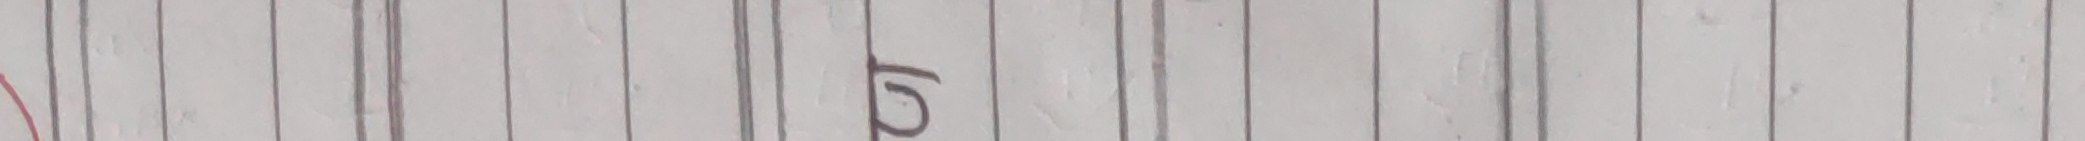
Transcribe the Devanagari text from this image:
दु